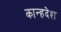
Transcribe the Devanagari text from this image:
कान्हदेश